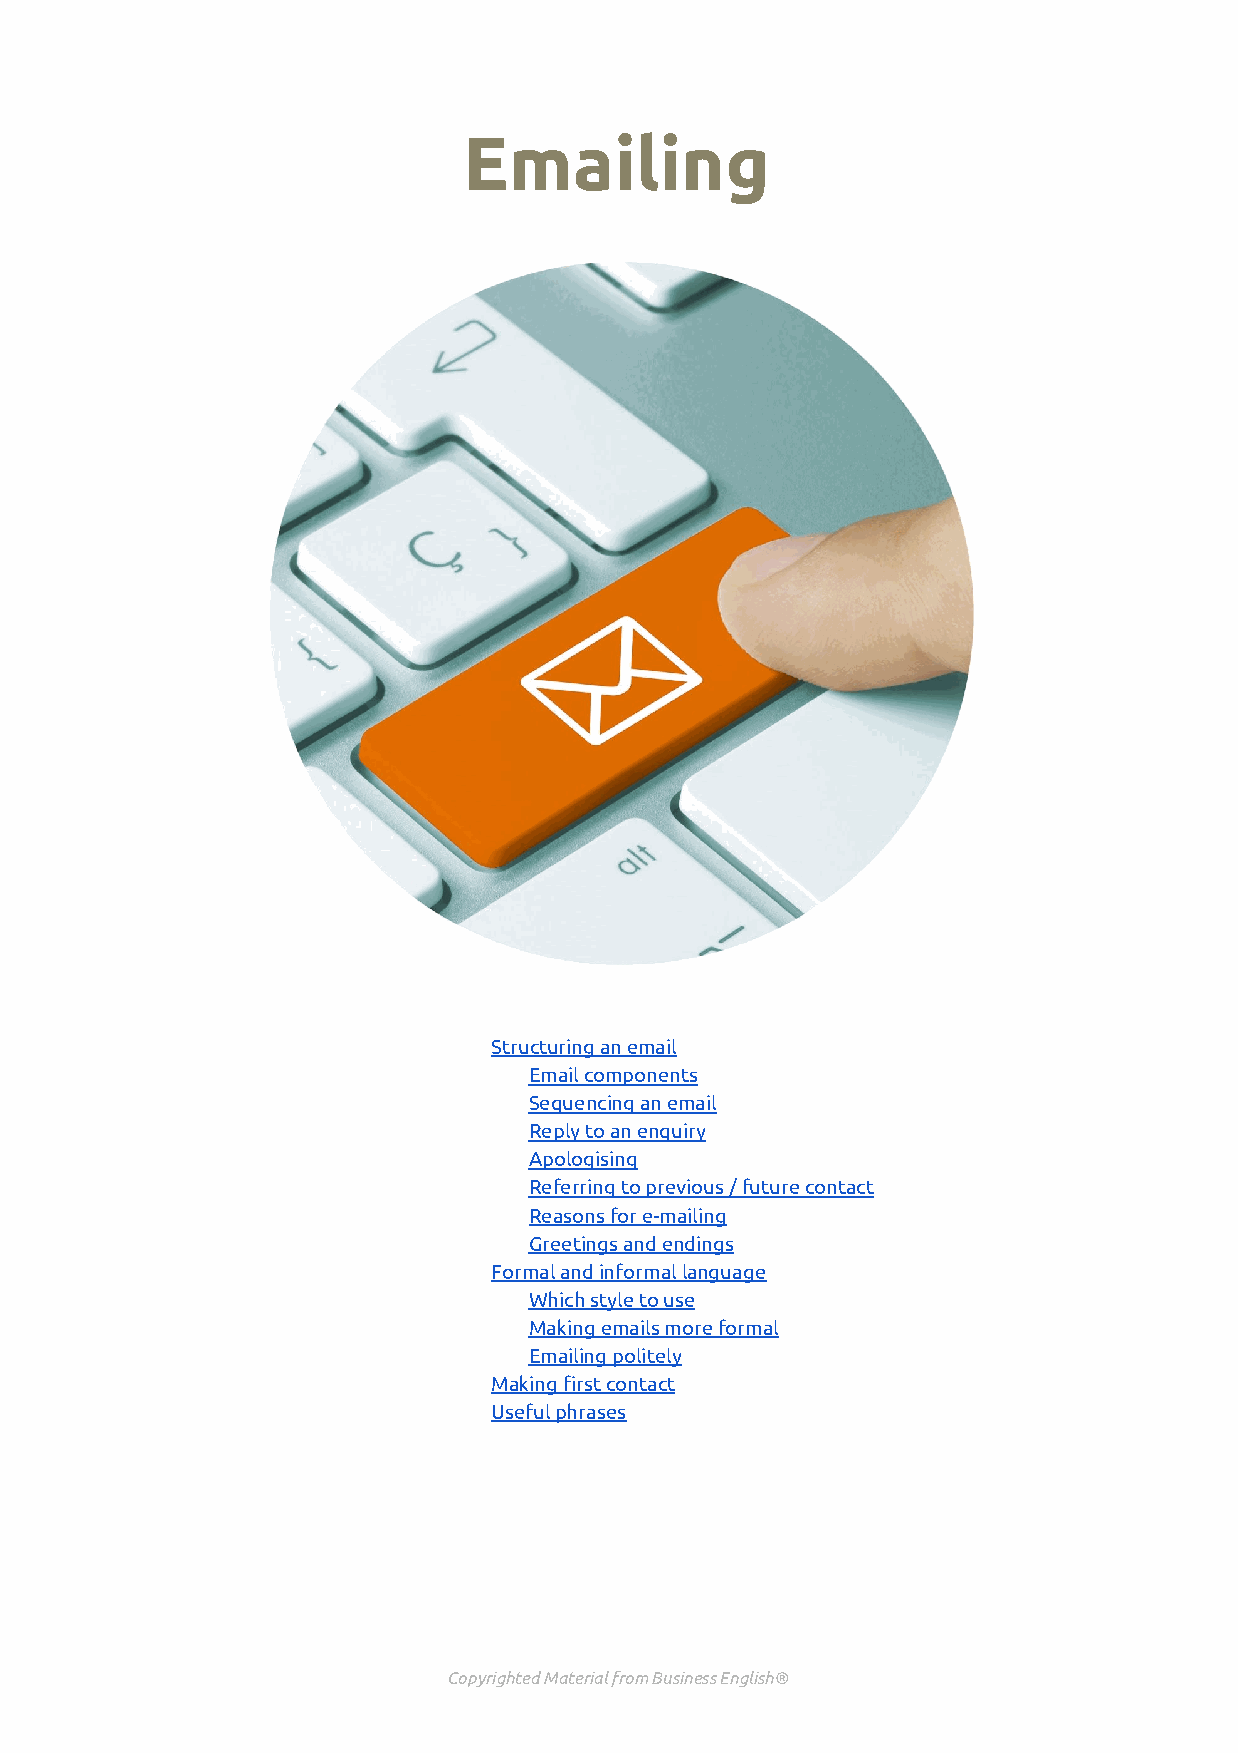
Emailing
 Structuring an email
 Email components
 Sequencing an email
 Reply to an enquiry
 Apologising
 Referring to previous / future contact
 Reasons for e-mailing
 Greetings and endings
 Formal and informal language
 Which style to use
 Making emails more formal
 Emailing politely
 Making first contact
 Useful phrases
 Copyrighted Material from Business English®